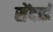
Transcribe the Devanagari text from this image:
सेंदाई